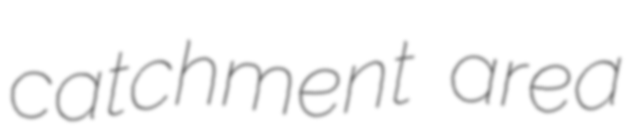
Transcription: catchment area